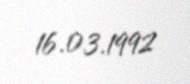
16.03.1992